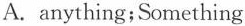
A.anything;Something